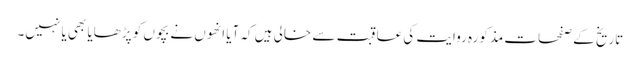
تاریخ کے صفحات مذکورہ روایت کی عاقبت سے خالی ہیں کہ آیا انھوں نے بچوں کو پڑھایا بھی یا نہیں۔